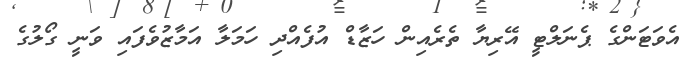
އެވަޓަންގެ ޕެނަލްޓީ އޭރިޔާ ތެރެއިން ހަޒާޑް އުފެއްދި ހަމަލާ އަމާޒުވެފައި ވަނީ ގޯލުގެ